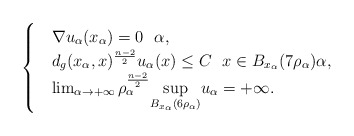
\begin{align*}\begin{cases}&\nabla u_\alpha(x_\alpha)=0 ~~ \alpha,\\&d_g(x_\alpha,x)^{\frac{n-2}{2}}u_\alpha(x) \leq C~~ x\in B_{x_\alpha}(7\rho_\alpha) \alpha,\\&\lim_{\alpha\to +\infty} \rho_\alpha^{\frac{n-2}{2}}\underset{B_{x_\alpha}(6\rho_\alpha)}{\sup}u_\alpha=+\infty.\end{cases}\end{align*}